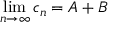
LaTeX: \operatorname* { l i m } _ { n \to \infty } c _ { n } = A + B